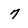
Character: 7